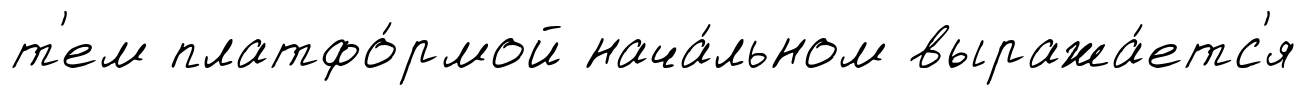
т'ем платфо́рмой нача́льном выража́етс'я